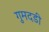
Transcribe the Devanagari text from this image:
गुमदडी